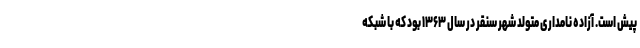
پیش است. آزاده نامداری متولد شهر سنقر در سال ۱۳۶۳ بود که با شبکه